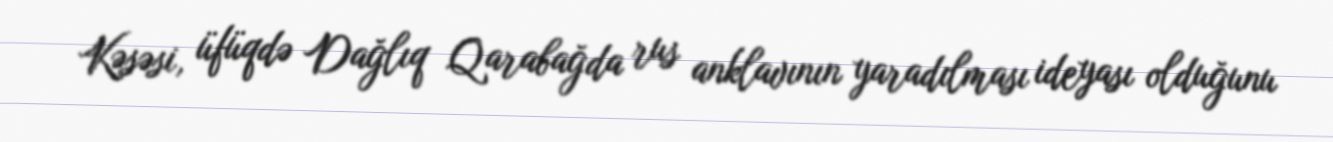
Kəsəsi, üfüqdə Dağlıq Qarabağda rus anklavının yaradılması ideyası olduğunu